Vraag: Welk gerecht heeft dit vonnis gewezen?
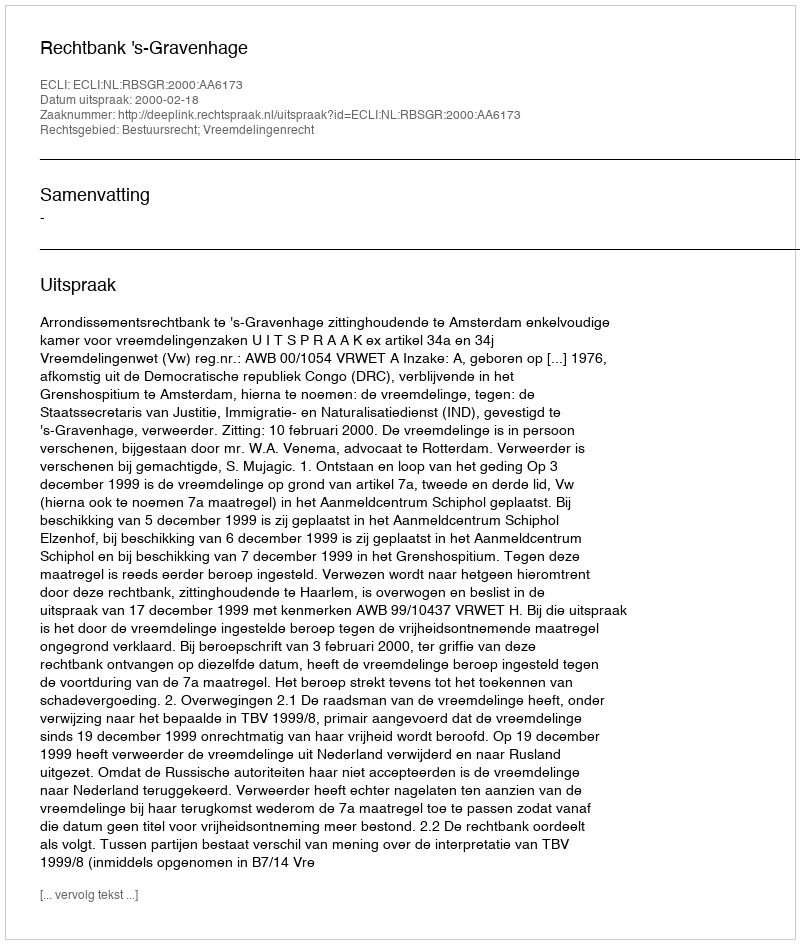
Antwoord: Rechtbank 's-Gravenhage